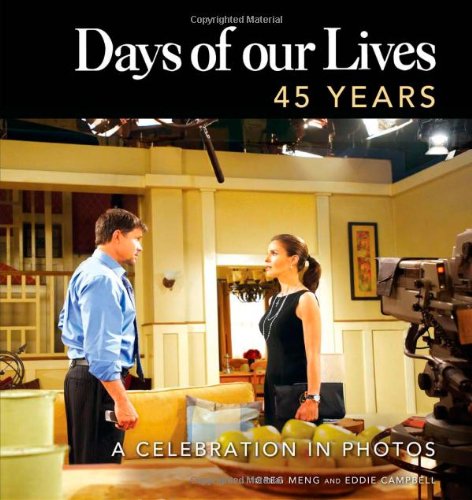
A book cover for Days of our Lives 45 Years: A Celebration in Photos; Greg Meng; Humor & Entertainment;